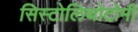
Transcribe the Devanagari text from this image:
सिस्टोलिथोटोमी